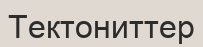
Тектониттер